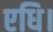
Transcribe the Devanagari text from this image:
एधि।